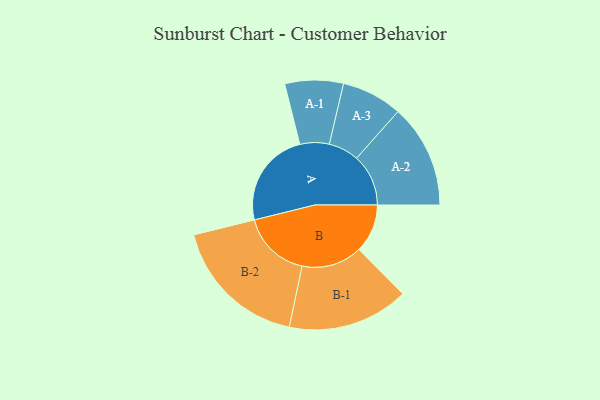
{"axis": {"x": "Segment", "y": "Value"}, "legend": ["", "A", "B"], "data": [{"x": "A", "y": 408, "type": ""}, {"x": "B", "y": 206, "type": ""}, {"x": "A-1", "y": 124, "type": "A"}, {"x": "A-2", "y": 220, "type": "A"}, {"x": "A-3", "y": 129, "type": "A"}, {"x": "B-1", "y": 257, "type": "B"}, {"x": "B-2", "y": 292, "type": "B"}]}